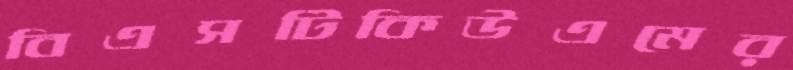
বিএসটিকিউএমের